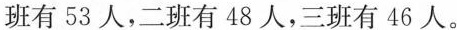
班有53人，二班有48人，三班有46人。